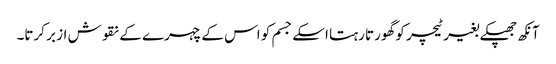
آنکھ جھپکے بغیر ٹیچر کو گھورتا رہتا اسکے جسم کو اس کے چہرے کے نقوش از بر کرتا۔